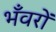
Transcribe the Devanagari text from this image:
भँवरों